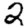
Digit: 2